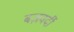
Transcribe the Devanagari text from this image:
बज़वर्दी